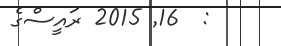
:  16